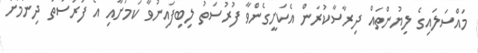
މައްސަލައިގެ ލިޔުންތައް ދިރާސާކުރަން އެކަށީގެންވާ ފުރުސަތު ލިބިފައިނުވާ ކަމަށާއި އެ ފުރުސަތު ދިނުމަށް